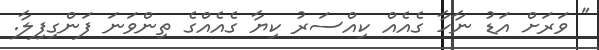
" ވަރަށް އަޑު ނާހާ ގެއެއް ކިއްސަރު ކިޔާ ގެއެއްގެ ތިންވަނަ ފަންގިފިލާ.